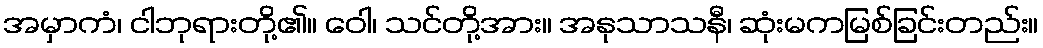
အမှာကံ၊ ငါဘုရားတို့၏။ ဝေါ၊ သင်တို့အား။ အနုသာသနီ၊ ဆုံးမကမြစ်ခြင်းတည်း။